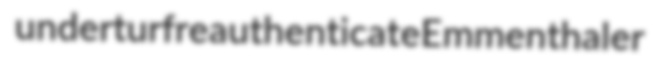
underturf reauthenticate Emmenthaler